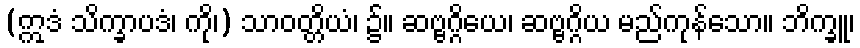
(ဣဒံ သိက္ခာပဒံ၊ ကို၊) သာဝတ္တိယံ၊ ၌။ ဆဗ္ဗဂ္ဂိယေ၊ ဆဗ္ဗဂ္ဂိယ မည်ကုန်သော။ ဘိက္ခူ၊